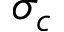
\sigma _ { c }